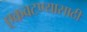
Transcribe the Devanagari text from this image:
एकवटण्यासाठी